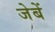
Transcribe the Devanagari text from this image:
जेबें